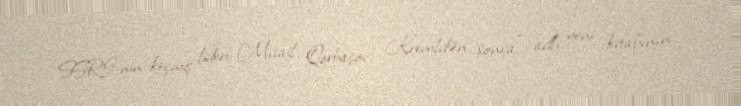
SSRİ-nin keçmiş lideri Mixail Qorbaçov “Kremldən sonra” adlı yeni kitabının